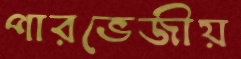
পারভেজীয়